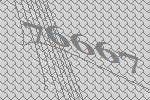
76667